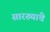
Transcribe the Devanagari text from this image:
सारख्यांचे